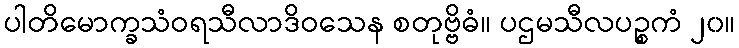
ပါတိမောက္ခသံဝရသီလာဒိဝသေန စတုဗ္ဗိဓံ။ ပဌမသီလပဉ္စကံ ၂၀။